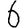
Digit: 6